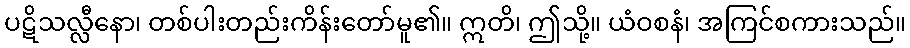
ပဋိသလ္လီနော၊ တစ်ပါးတည်းကိန်းတော်မူ၏။ ဣတိ၊ ဤသို့။ ယံဝစနံ၊ အကြင်စကားသည်။